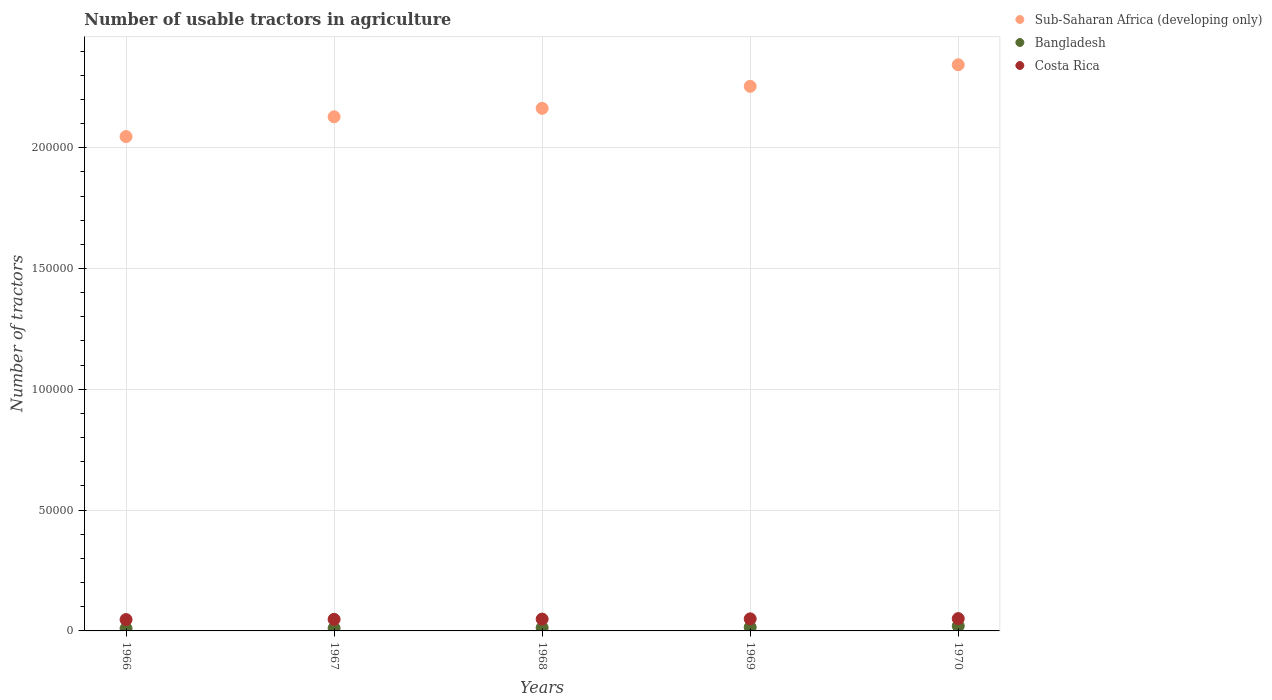
| Years | Sub-Saharan Africa (developing only) | Bangladesh | Costa Rica |
 | --- | --- | --- | --- |
 | 1966 | 2.05e+05 | 1e+03 | 4.7e+03 |
 | 1967 | 2.13e+05 | 1.1e+03 | 4.8e+03 |
 | 1968 | 2.16e+05 | 1.3e+03 | 4.9e+03 |
 | 1969 | 2.25e+05 | 1.5e+03 | 5e+03 |
 | 1970 | 2.34e+05 | 2.07e+03 | 5.1e+03 |